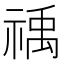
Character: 䄔